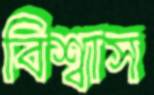
বিশ্বাস